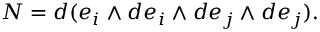
N = d ( e _ { i } \wedge d e _ { i } \wedge d e _ { j } \wedge d e _ { j } ) .